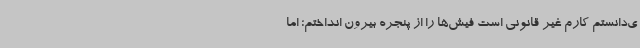
ی‌دانستم کارم غیر قانونی است فیش‌ها را از پنجره بیرون انداختم؛ اما